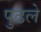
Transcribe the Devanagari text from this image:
पुढले